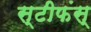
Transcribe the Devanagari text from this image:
स्टीफंस्